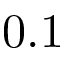
0 . 1